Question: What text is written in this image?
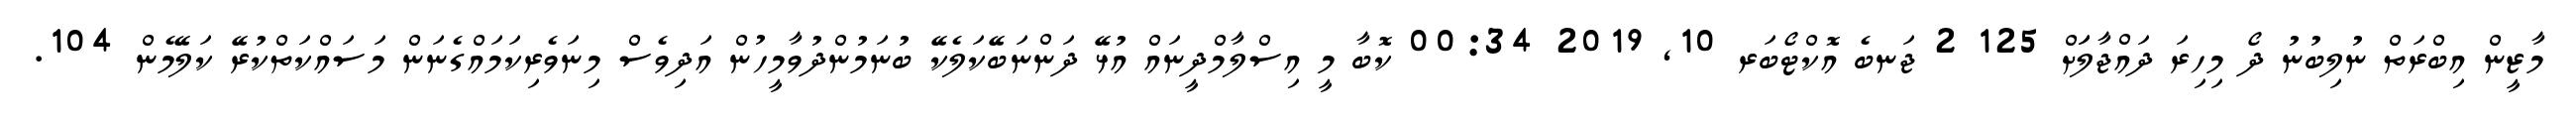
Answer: މާޒީން އިބްރަތް ނުލިބުނު ދޯ މިހިރަ ދައްޖާލަަށް 125 2 ޖަނބެ އޮކްޓޯބަރ 10, 2019 00:34 ކޮބާ މީ އިސްލާމްދީނައް އުޅޭ ދަންނަބޭކަލެކޭ ބުނަމުންދުވާމީހުން އަދިވެސް މިނަވެރިކަމައްގެނަން މަސައްކަތްކުރޭ ކަލޭމެން 104.